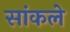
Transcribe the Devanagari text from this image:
सांकले